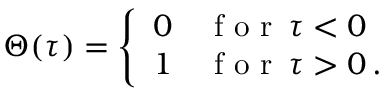
\Theta ( \tau ) = \left\{ \begin{array} { l l } { 0 } & { \mathrm { ~ f ~ o ~ r ~ } \, \tau < 0 } \\ { 1 } & { \mathrm { ~ f ~ o ~ r ~ } \, \tau > 0 \, . } \end{array} \right.